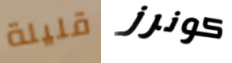
قليلة كونرز